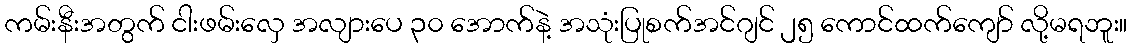
ကမ်းနီးအတွက် ငါးဖမ်းလှေ အလျားပေ ၃၀ အောက်နဲ့ အသုံးပြုစက်အင်ဂျင် ၂၅ ကောင်ထက်ကျော် လို့မရဘူး။